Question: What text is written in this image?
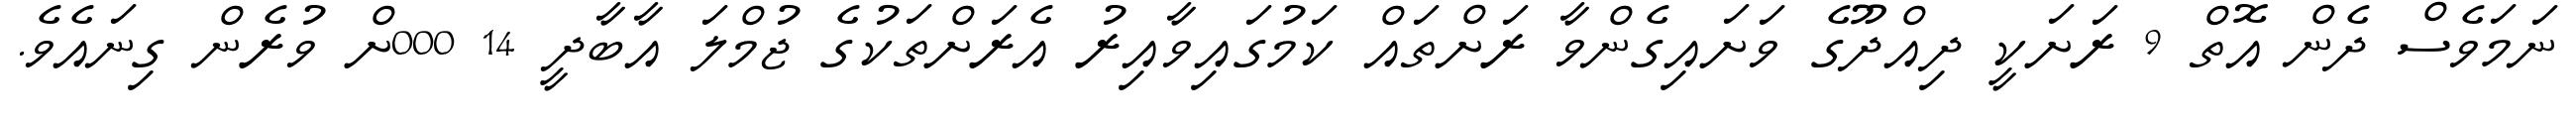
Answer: ނަމަވެސް ދެން އޮތް 9 ރަށަކީ ދިއްދޫގެ ވަށައިގެންވާ ރަށްތައް ކަމުގައިވާއިރު އެރަށްތަކުގެ ޖުމްލަ އާބާދީ 14 000ށް ވުރެން ގިނައެވެ.